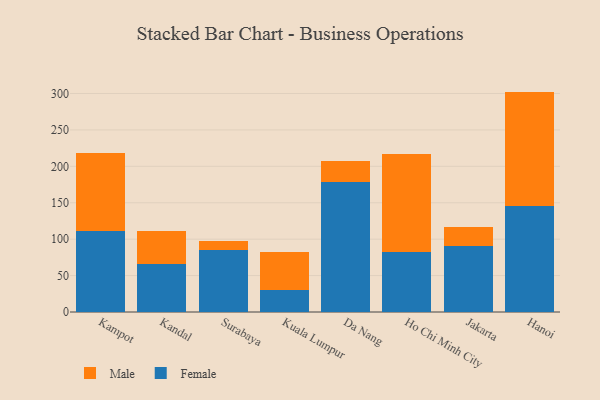
{"axis": {"x": "City", "y": "Active Users"}, "legend": ["Female", "Male"], "data": [{"x": "Kampot", "y": 110.8, "type": "Female"}, {"x": "Kampot", "y": 107.5, "type": "Male"}, {"x": "Kandal", "y": 66.5, "type": "Female"}, {"x": "Kandal", "y": 44.2, "type": "Male"}, {"x": "Surabaya", "y": 85.3, "type": "Female"}, {"x": "Surabaya", "y": 11.7, "type": "Male"}, {"x": "Kuala Lumpur", "y": 30.7, "type": "Female"}, {"x": "Kuala Lumpur", "y": 51.3, "type": "Male"}, {"x": "Da Nang", "y": 179.0, "type": "Female"}, {"x": "Da Nang", "y": 27.8, "type": "Male"}, {"x": "Ho Chi Minh City", "y": 81.9, "type": "Female"}, {"x": "Ho Chi Minh City", "y": 134.7, "type": "Male"}, {"x": "Jakarta", "y": 90.8, "type": "Female"}, {"x": "Jakarta", "y": 25.5, "type": "Male"}, {"x": "Hanoi", "y": 146.1, "type": "Female"}, {"x": "Hanoi", "y": 156.5, "type": "Male"}]}